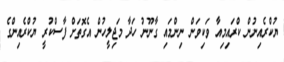
ޔުކްރެއިނުން ކްރައިމިއާ ވަކިވަން ނިންމައި ގާނޫނު ހަދާ މަޖިލީހުން އެގޮތަށް ފާސްކުރީ ޔުކްރެއިންގެ